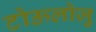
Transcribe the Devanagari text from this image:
टोऊलोज़ु